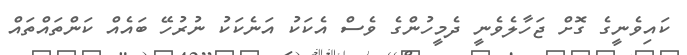
ކައިވެނީގެ ގޮށް ޖަހާލެވެނީ ދެމީހުންގެ ވެސް އެކަކު އަނެކަކު ނުރުހޭ ބައެއް ކަންތައްތައް